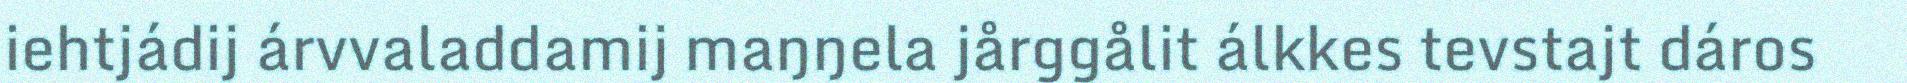
iehtjádij árvvaladdamij maŋŋela jårggålit álkkes tevstajt dáros